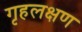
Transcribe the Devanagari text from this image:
गृहलक्षण